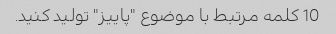
10 کلمه مرتبط با موضوع "پاییز" تولید کنید.